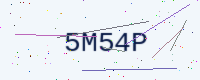
Text: 5M54P